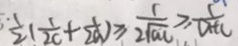
\frac { \cdot 1 } { 2 } ( \frac { 1 } { 2 c } + \frac { 1 } { 2 a } ) \geq \frac { 1 } { 2 \sqrt { a c } } \geq \frac { 1 } { a + c }